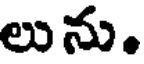
లును.